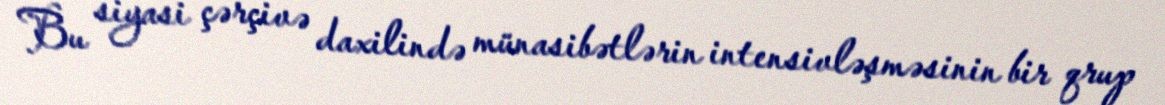
Bu siyasi çərçivə daxilində münasibətlərin intensivləşməsinin bir qrup